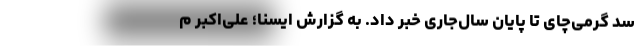
سد گرمی‌چای تا پایان سال‌جاری خبر داد. به گزارش ایسنا؛ علی‌اکبر م